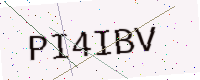
Text: PI4IBV